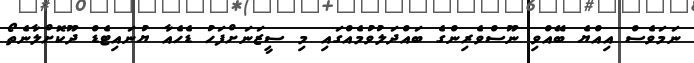
ނަމަވެސް އިއްޔެ ބޭއްވި ނޫސްވެރިންގެ ބައްދަލުވުމެއްގައި މި ސީޒަނަށްފަހު ޑެހެއާ ޔުނައިޓެޑް ދޫކޮށްލާނެތޯ